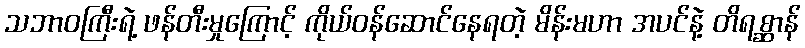
သဘာဝကြီးရဲ့ ဖန်တီးမှုကြောင့် ကိုယ်ဝန်ဆောင်နေရတဲ့ မိန်းမဟာ အပင်နဲ့ တိရစ္ဆာန်